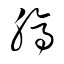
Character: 縞